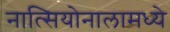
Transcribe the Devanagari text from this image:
नात्सियोनालामध्ये